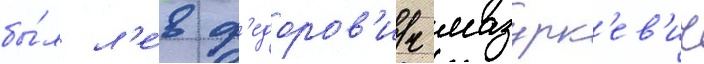
бы́л л'е́в ф'едоров'ич мазурк'ев'ич